Rangoon Lunatic Asylum 1898-1906 - 1898-1906
Year: 1898
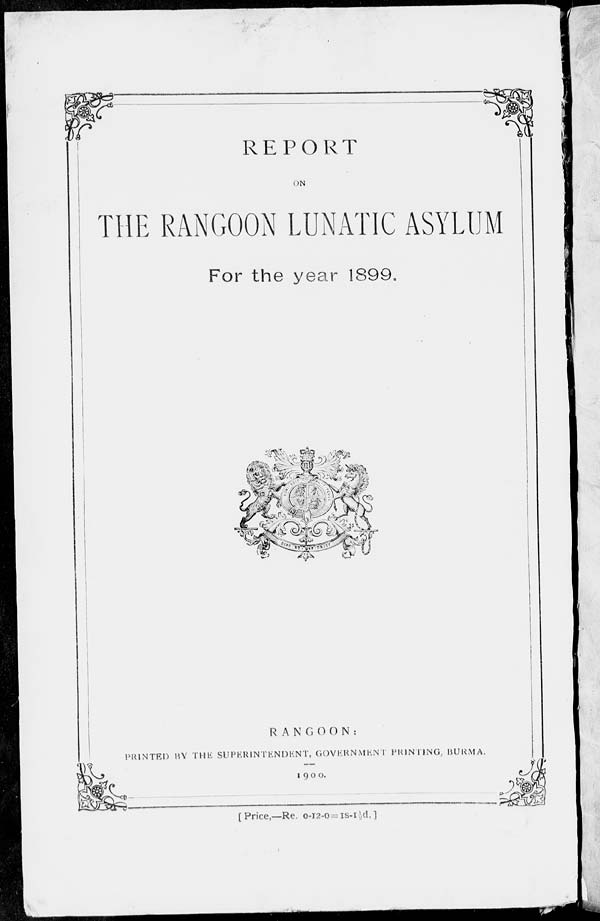
REPORT
ON
THE RANGOON LUNATIC ASYLUM
For the year 1899.
RANGOON:
PRINTED BY THE SUPERINTENDENT, GOVERNMENT PRINTING, BURMA.
1900.
[ Price,—Re. 0-12-0 = 1s-1½d. ]